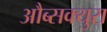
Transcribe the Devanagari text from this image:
औब्सक्युरा